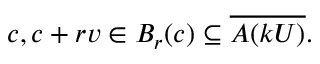
c , c + r v \in B _ { r } ( c ) \subseteq { \overline { { A ( k U ) } } } .